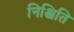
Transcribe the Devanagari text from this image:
निश्चिति